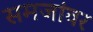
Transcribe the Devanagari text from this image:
समजांवर